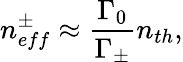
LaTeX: n_{eff}^{\pm}\approx\frac{\Gamma_{0}}{\Gamma_{\pm}}n_{th},